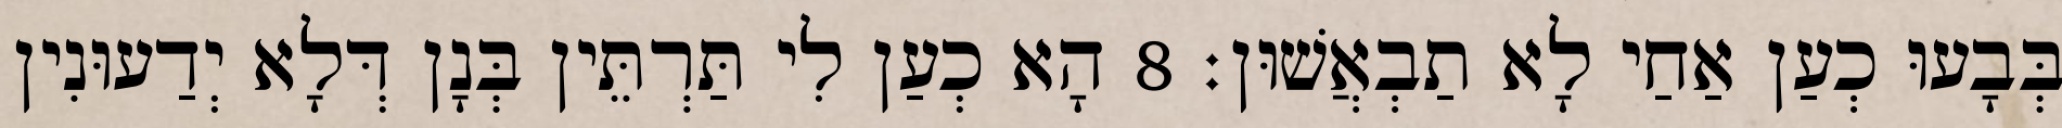
בְּבָעוּ כְעַן אַחַי לָא תַבְאֲשׁוּן׃ 8 הָא כְעַן לִי תַּרְתֵּין בְּנָן דְּלָא יְדַעוּנִין